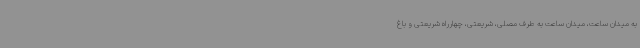
به میدان ساعت، میدان ساعت به طرف مصلی، شریعتی، چهارراه شریعتی و باغ